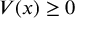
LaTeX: V ( x ) \geq 0